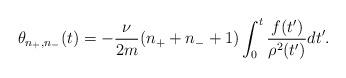
LaTeX: \begin{align*} \theta_{n_+,n_-}(t)=-\frac{\nu}{2m}(n_++n_-+1)\int_0^t\frac{f(t')}{\rho^2(t')}dt'.\end{align*}